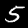
Label: 5